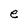
Character: e